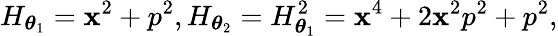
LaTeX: H_{\boldsymbol\theta_{1}}=\mathbf{x}^{2}+p^{2},H_{\boldsymbol\theta_{2}}=H_{\boldsymbol\theta_{1}}^{2}=\mathbf{x}^{4}+2\mathbf{x}^{2}p^{2}+p^{2},